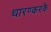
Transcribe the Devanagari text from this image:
धारण्करके